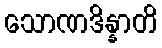
သောဏဒိန္နာတိ